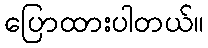
ပြောထားပါတယ်။